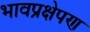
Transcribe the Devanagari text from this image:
भावप्रक्षेपण